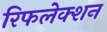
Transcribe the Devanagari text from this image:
रिफलेक्शन